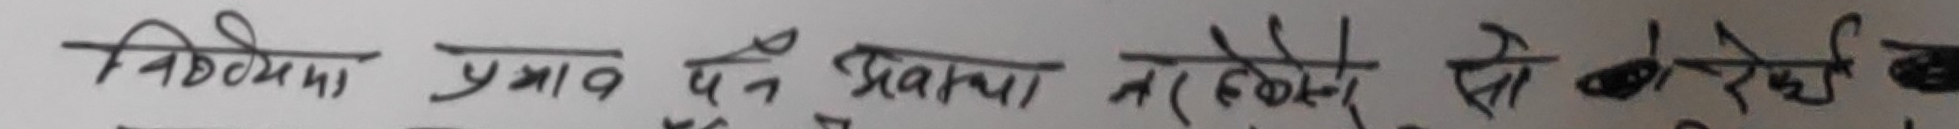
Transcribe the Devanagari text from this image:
सिद्धिया प्रमाण पेस प्रवक्षा तर लगेको तोक देखेको छ